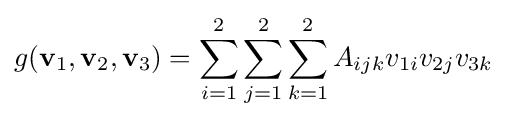
g({\textbf {v}}_{1},{\textbf {v}}_{2},{\textbf {v}}_{3})=\sum _{i=1}^{2}\sum _{j=1}^{2}\sum _{k=1}^{2}A_{ijk}v_{1i}v_{2j}v_{3k}